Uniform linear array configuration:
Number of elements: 16
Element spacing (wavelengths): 0.5
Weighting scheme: uniform
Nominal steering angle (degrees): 45
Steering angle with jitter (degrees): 46.774
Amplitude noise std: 0.05
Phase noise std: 0.05

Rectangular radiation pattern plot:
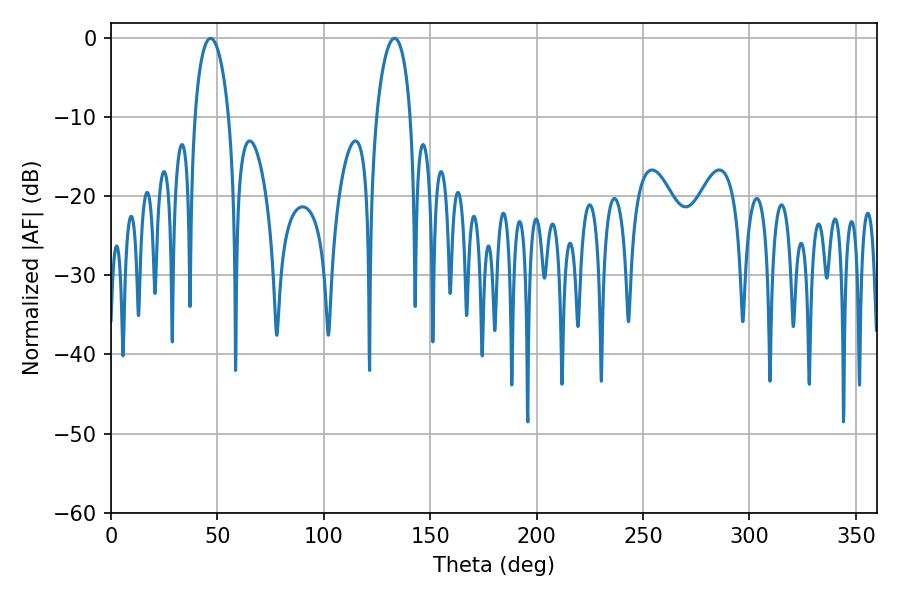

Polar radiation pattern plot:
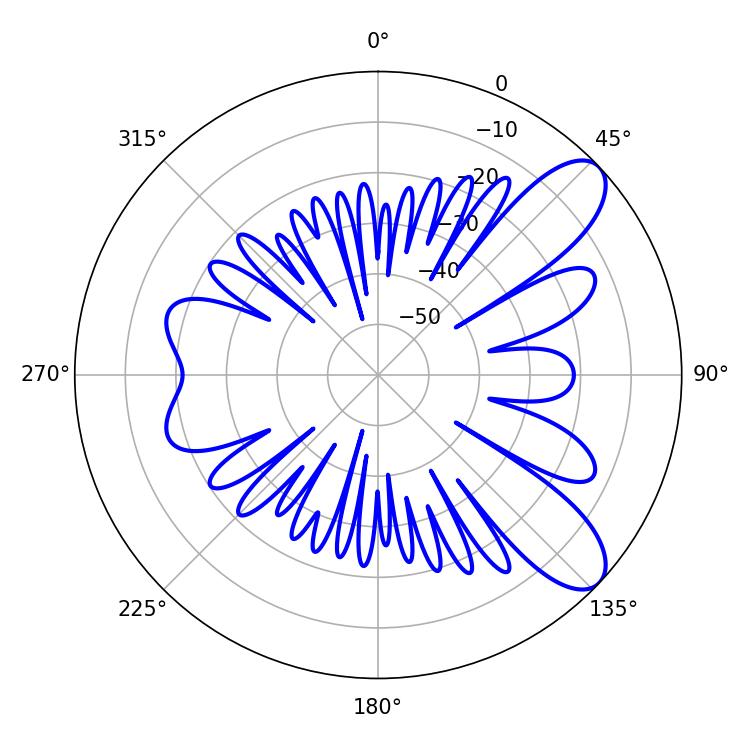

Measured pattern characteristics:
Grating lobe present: FALSE
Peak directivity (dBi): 9.037
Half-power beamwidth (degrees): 9
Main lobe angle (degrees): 46.8